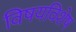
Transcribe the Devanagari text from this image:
विषयविशेष